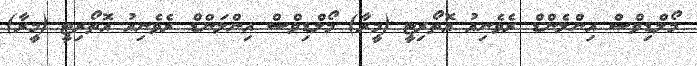
މޯލްޑިވްސް އިންލެންޑް ރެވެނިއު އޮތޯރިޓީ (މީރާ) މޯލްޑިވްސް އިންލަންޑް ރެވެނިއު އޮތޯރިޓީ (މީރާ)